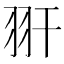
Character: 𦏹